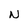
Character: N